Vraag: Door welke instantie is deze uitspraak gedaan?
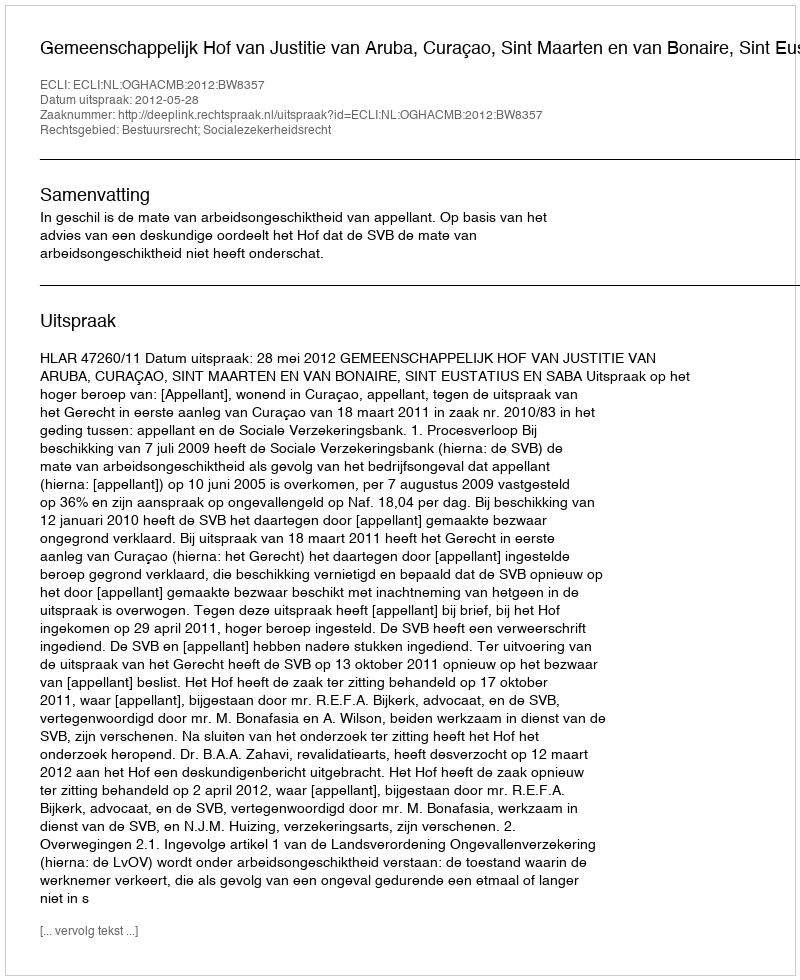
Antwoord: Gemeenschappelijk Hof van Justitie van Aruba, Curaçao, Sint Maarten en van Bonaire, Sint Eustatius en Saba